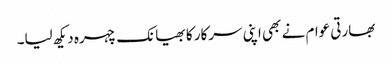
بھارتی عوام نے بھی اپنی سرکار کا بھیانک چہرہ دیکھ لیا۔